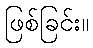
ဖြစ်ခြင်း။